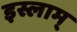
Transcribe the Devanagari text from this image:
इस्लाम्